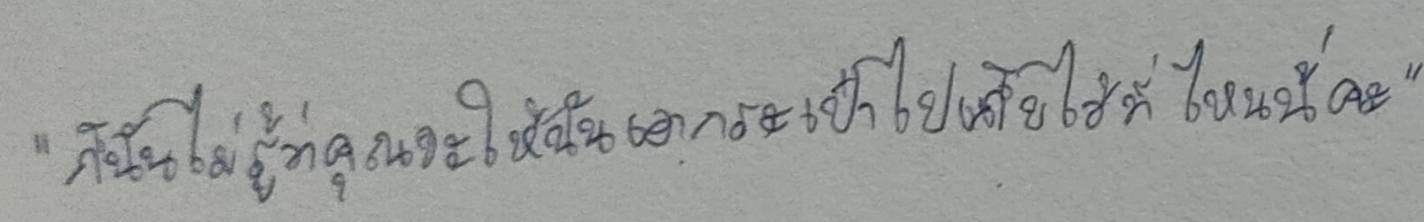
"ก็ฉันไม่รู้ว่าคุณจะให้ฉันเอากระเป๋าไปเก็บไว้ที่ไหนนี่คะ"